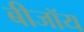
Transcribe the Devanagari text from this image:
बीजॉय